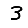
Digit: 3